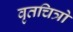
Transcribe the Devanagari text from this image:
वृतचित्रो